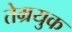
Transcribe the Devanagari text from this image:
तेम्रयुक